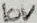
Text: 10V